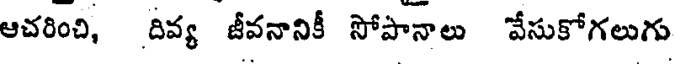
ఆచరించి, దివ్య జీవనానికీ సోపానాలు వేసుకోగలుగు